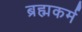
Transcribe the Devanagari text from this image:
ब्रह्मकर्म